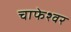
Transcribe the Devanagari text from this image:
चाफेश्वर